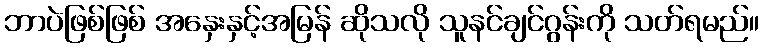
ဘာပဲဖြစ်ဖြစ် အနှေးနှင့်အမြန် ဆိုသလို သူနင်ချင်ဂွန်းကို သတ်ရမည်။